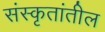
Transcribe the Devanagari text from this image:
संस्कृतांतील